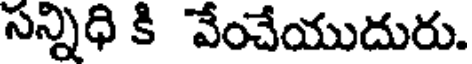
సన్నిధి కి వేంచేయుదురు.